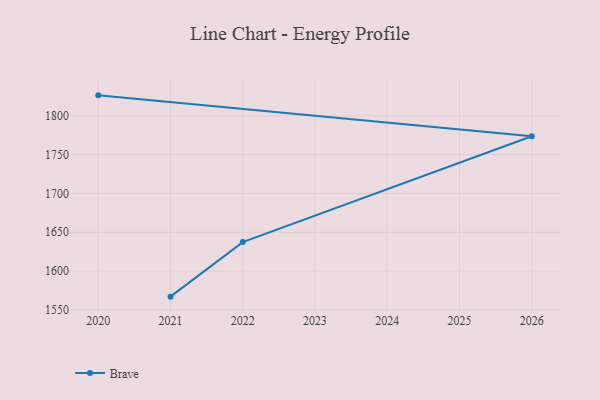
{"axis": {"x": "Year", "y": "Active Users"}, "legend": ["Brave"], "data": [{"x": "2020", "y": 1826.6, "type": "Brave"}, {"x": "2026", "y": 1773.9, "type": "Brave"}, {"x": "2022", "y": 1637.3, "type": "Brave"}, {"x": "2021", "y": 1566.9, "type": "Brave"}]}